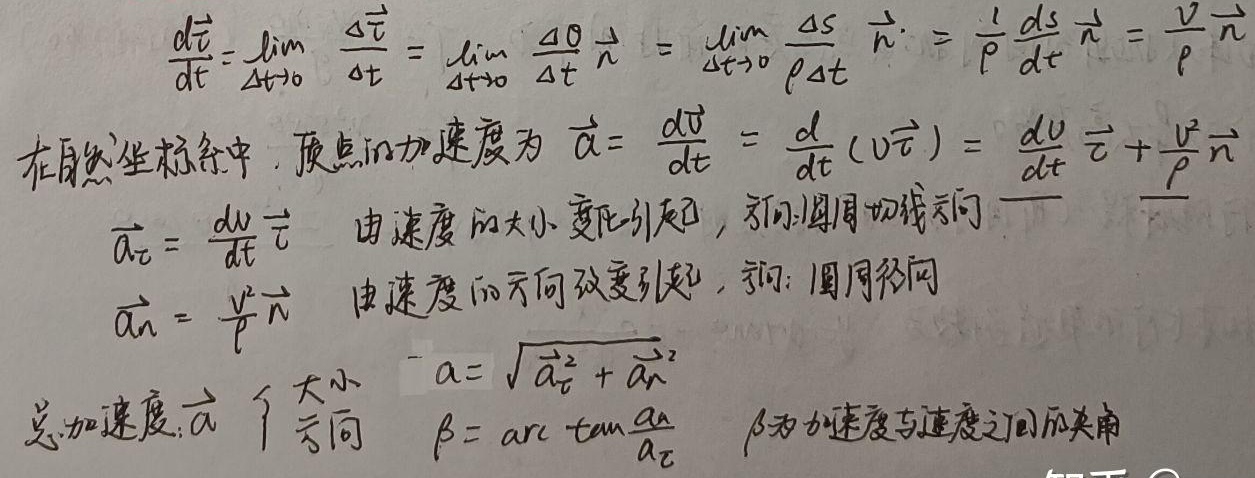
在自然坐标系中，质点的加速度为：
\(\vec{a} = \frac{d\vec{v}}{dt} = \frac{d}{dt}(v\vec{\tau}) = \frac{dv}{dt}\vec{\tau} + \frac{v^{2}}{\rho}\vec{n}\)
其中\(\vec{a}_{\tau} = \frac{dv}{dt}\vec{\tau}\)由速度的大小变化引起，方向沿切线方向；\(\vec{a}_{n} = \frac{v^{2}}{\rho}\vec{n}\)由速度的方向改变引起，方向沿圆周径向。
总加速度\(\vec{a}\)：
 - 大小\(a = \sqrt{\vec{a}_{\tau}^{2} + \vec{a}_{n}^{2}}\)
 - 方向\(\beta = \arctan\frac{a_{n}}{a_{\tau}}\)，\(\beta\)为加速度与速度之间的夹角。

另外，\(\frac{d\vec{\tau}}{dt} = \lim_{\Delta t \to 0} \frac{\Delta\vec{\tau}}{\Delta t} = \lim_{\Delta t \to 0} \frac{\Delta\theta}{\Delta t} \vec{n} = \lim_{\Delta t \to 0} \frac{\Delta s}{\rho\Delta t} \vec{n} = \frac{1}{\rho} \frac{ds}{dt} \vec{n} = \frac{v}{\rho} \vec{n}\)